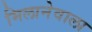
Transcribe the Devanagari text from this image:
मिलानेवाला